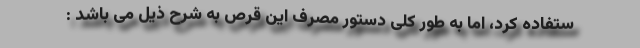
ستفاده کرد، اما به طور کلی دستور مصرف این قرص به شرح ذیل می باشد :